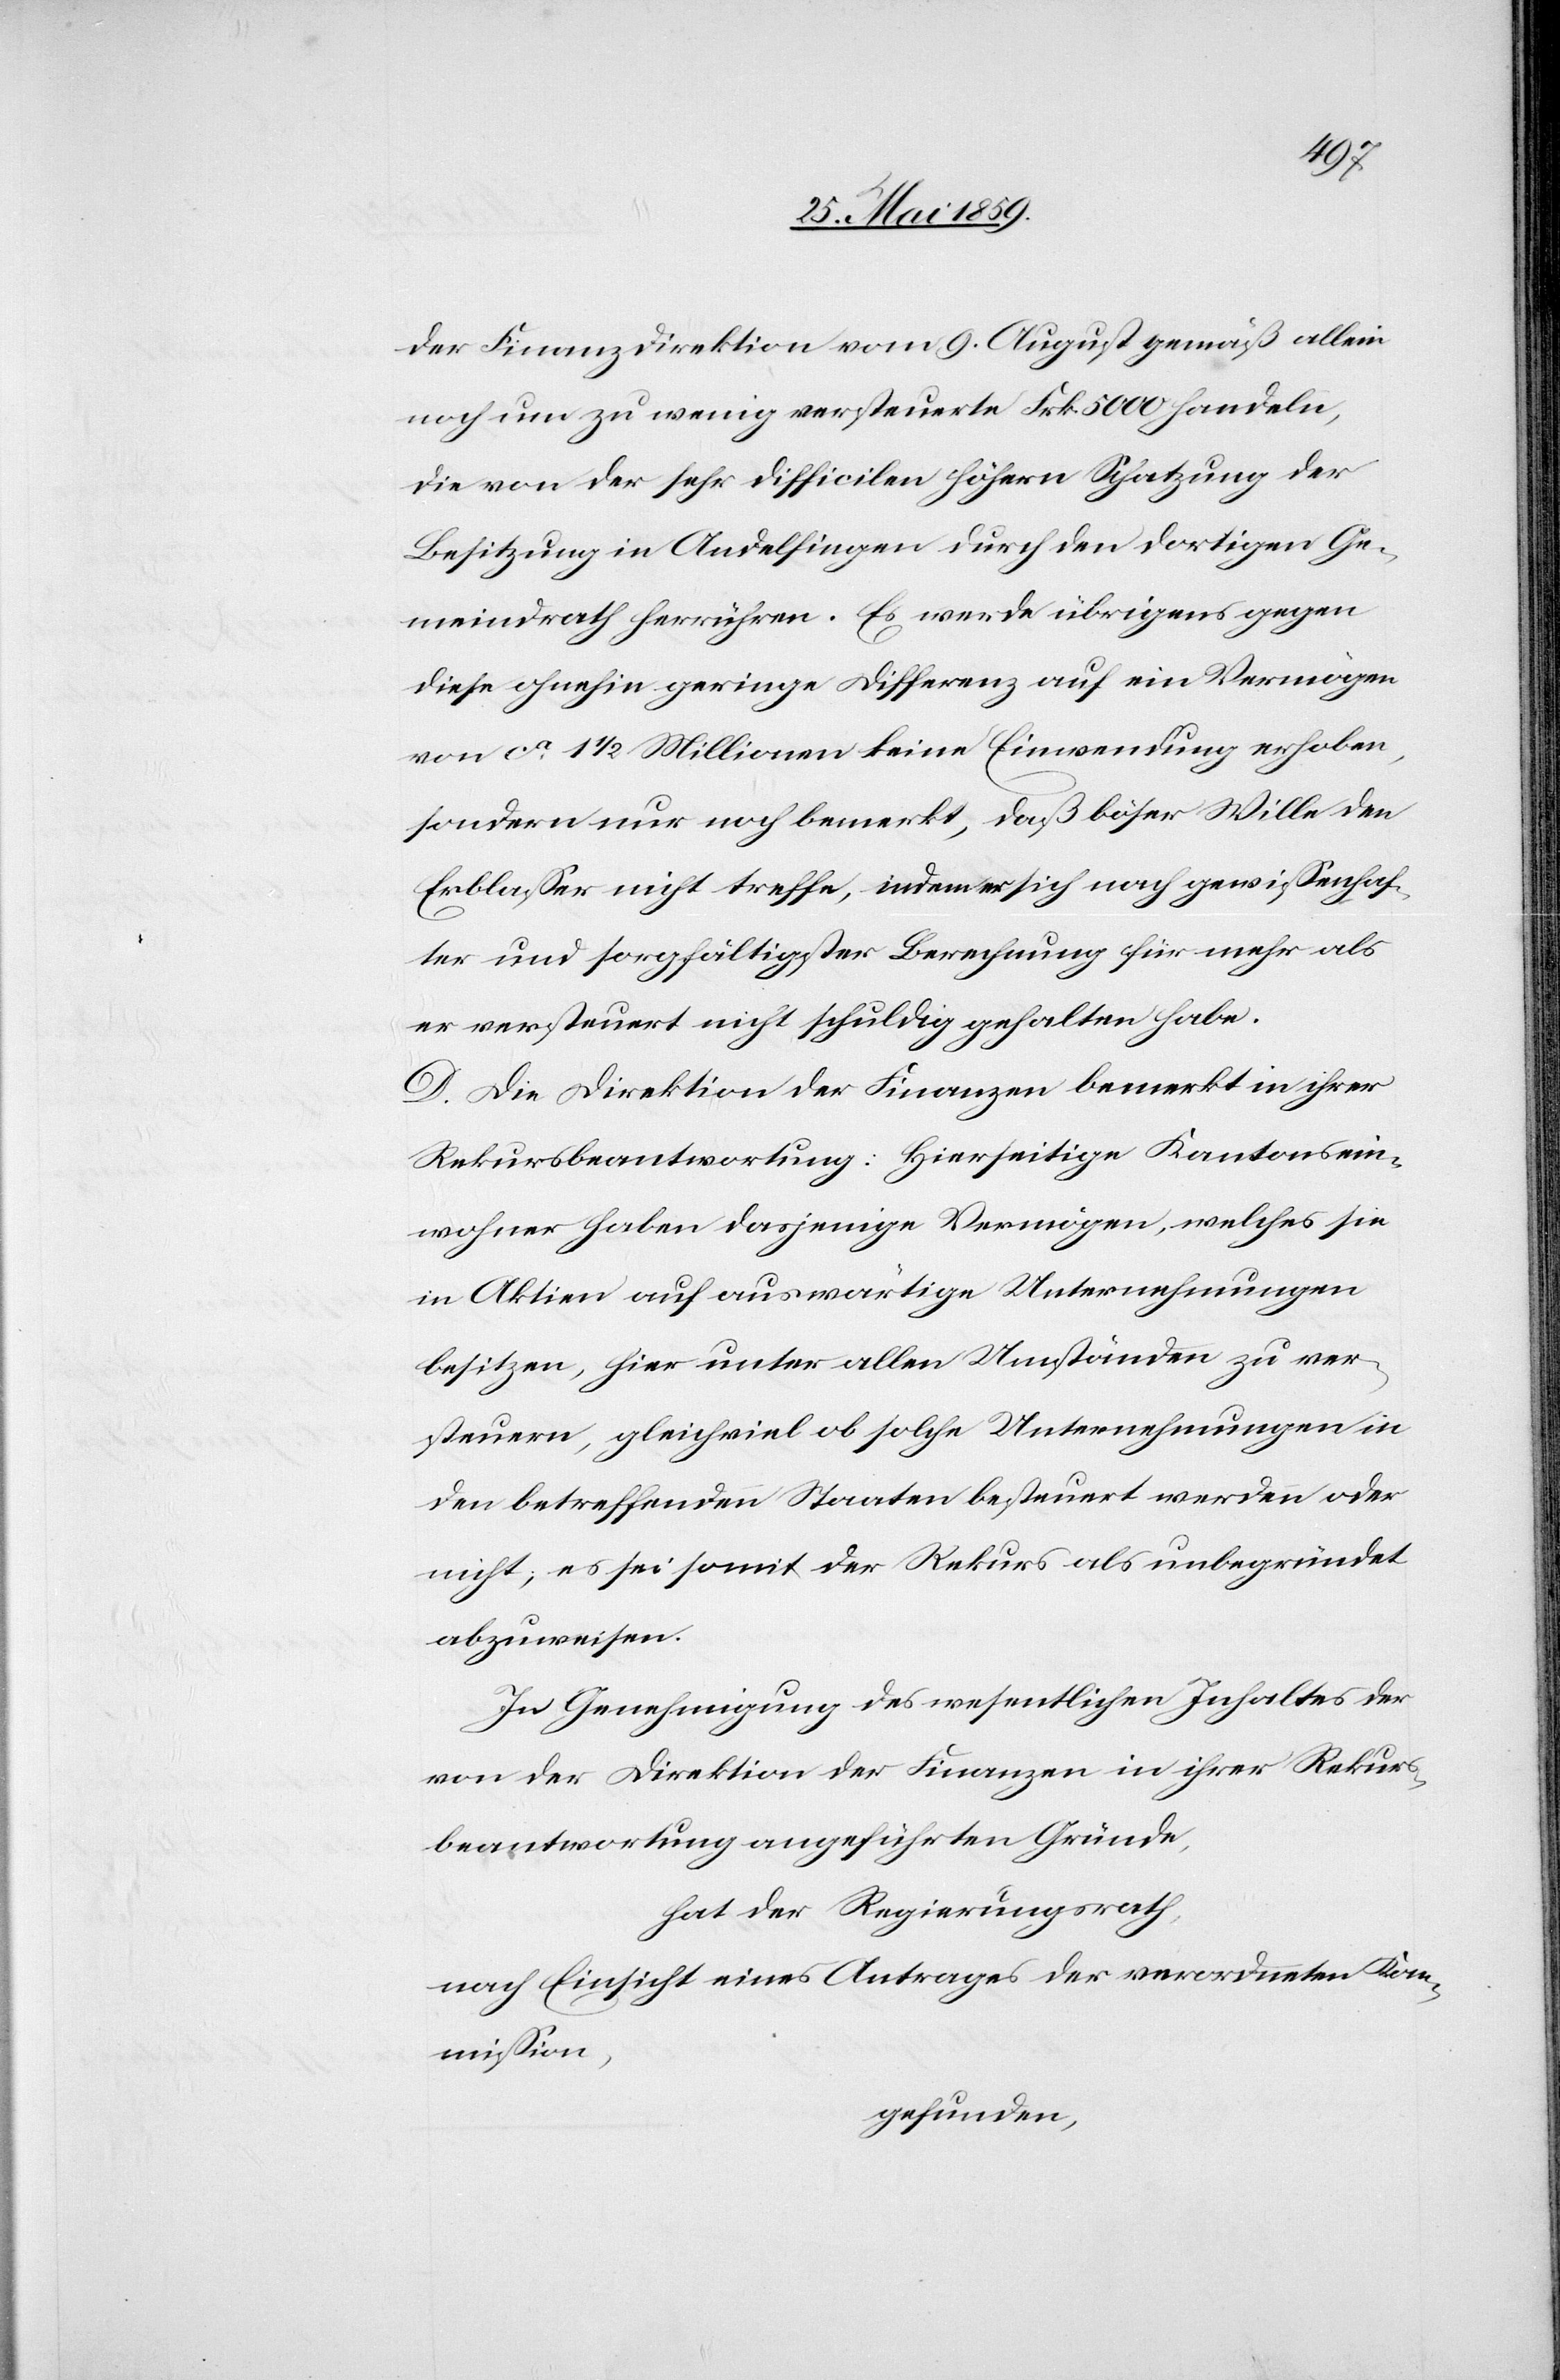
der Finanzdirektion vom 9. August gemäß allein
noch um zu wenig versteuerte Frk. 5000 handeln,
die von der sehr difficilen höhern Schatzung der
Besitzung in Andelfingen durch den dortigen Ge¬
meindrath herrühren. Es werde übrigens gegen
diese ohnehin geringe Differenz auf ein Vermögen
von ca 1 ½ Millionen keine Einwendung erhoben,
sondern nur noch bemerkt, daß böser Wille den
Erblasser nicht treffe, indem er sich nach gewissenhaf¬
ter und sorgfältiger Berechnung für mehr als
er versteuert nicht schuldig gehalten habe.
D. Die Direktion der Finanzen bemerkt in ihrer
Rekursbeantwortung: hierseitige Kantonsein¬
wohner haben dasjenige Vermögen, welches sie
in Aktien auf auswärtige Unternehmungen
besitzen, hier unter allen Umständen zu ver¬
steuern, gleichviel ob solche Unternehmungen in
den betreffenden Staaten besteuert werden oder
nicht; es sei somit der Rekurs als unbegründet
abzuweisen.
In Genehmigung des wesentlichen Inhaltes der
von der Direktion der Finanzen in ihrer Rekurs¬
beantwortung angeführten Gründe,
hat der Regierungsrath
nach Einsicht eines Antrages der verordneten Kom¬
mission,
gefunden,